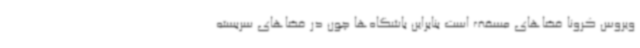
ویروس کرونا فضاهای مسقف است بنابراین باشگاه‌ها چون در فضاهای سربسته